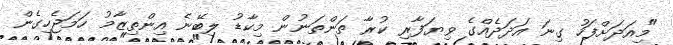
"މިއަދަށްފަހު ގިނަ އަދަދެއްގެ ވިޔަފާރި ކުރާ ތަންތަނުން މިކާޑު ލިބޭނެ އިންތިޒާމު ހަމަޖެހިގެން